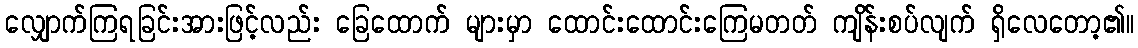
လျှောက်ကြရခြင်းအားဖြင့်လည်း ခြေထောက် များမှာ ထောင်းထောင်းကြေမတတ် ကျိန်းစပ်လျက် ရှိလေတော့၏။